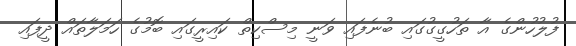
ފުލުހުންގެ އާ ތަހުގީގުގައި ބުނެފައި ވަނީ މިސްކިތް ކައިރީގައި ބޮމުގެ ހަމަލާތައް ދީފައި